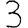
Digit: 3